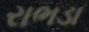
રાભડા